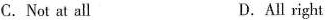
C. Not at all D. All right